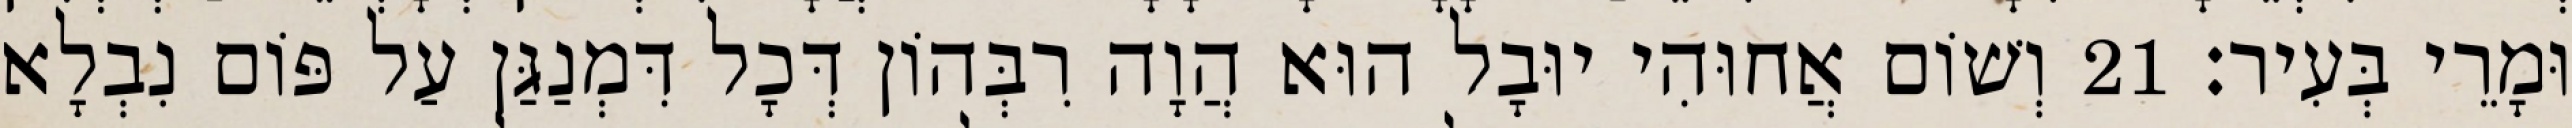
וּמָרֵי בְּעִיר׃ 21 וְשׁוֹם אֲחוּהִי יוּבָל הוּא הֲוָה רִבְּהוֹן דְּכָל דִּמְנַגַּן עַל פּוֹם נִבְלָא